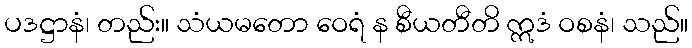
ပဒဋ္ဌာနံ၊ တည်း။ သံယမတော ဝေရံ န စီယတီတိ ဣဒံ ဝစနံ၊ သည်။